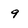
Character: 9